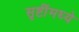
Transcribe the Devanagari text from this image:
सृष्टींमध्ये